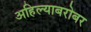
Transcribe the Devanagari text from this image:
अहिल्याबरोबर